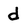
Character: d